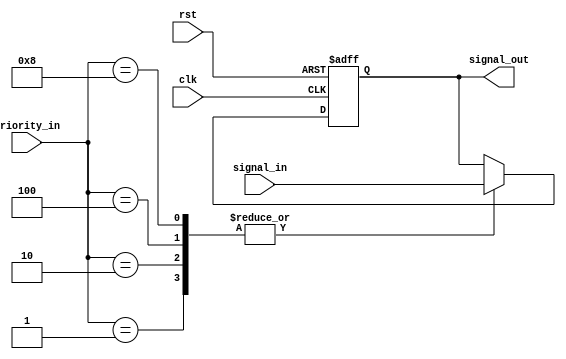
module PriorityBypassRegister (
    input clk, // Clock input signal
    input rst, // Reset input signal
    input [7:0] priority_in, // Input signal for priority selection
    input [7:0] signal_in, // Input signal to be stored in the register
    output reg [7:0] signal_out // Output signal from the register
);

always @(posedge clk or posedge rst) begin
    if (rst) begin
        signal_out <= 8'b0; // Reset the output signal
    end else begin
        case(priority_in)
            8'b00000001: signal_out <= signal_in; // Priority for signal_in
            8'b00000010: signal_out <= signal_in; // Priority for signal_in
            8'b00000100: signal_out <= signal_in; // Priority for signal_in
            8'b00001000: signal_out <= signal_in; // Priority for signal_in
            default: signal_out <= signal_out; // No priority, maintain current signal
        endcase
    end
end

endmodule